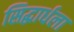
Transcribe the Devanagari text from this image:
सिद्धार्धला